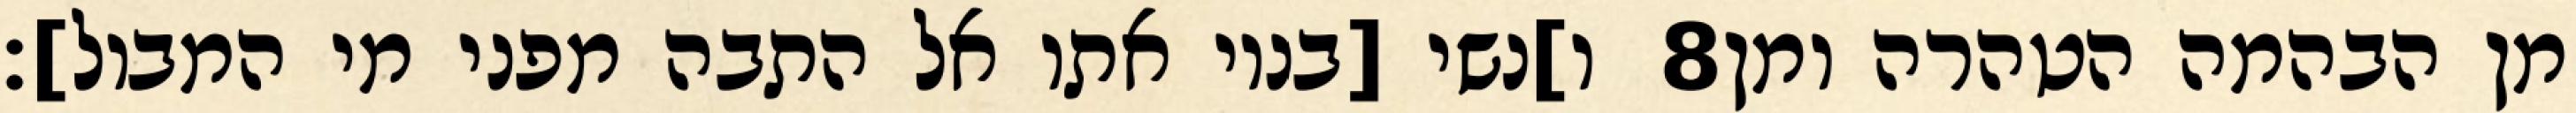
ו]נשי [בניו אתו אל התבה מפני מי המבול]׃ ‎8‏ מן הבהמה הטהרה ומן